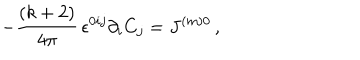
LaTeX: - \frac { ( k + 2 ) } { 4 \pi } \, \epsilon ^ { 0 i j } \partial _ { i } C _ { j } = J ^ { ( m ) 0 } \, ,